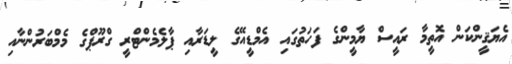
އެޔަޤީންކަން އޮތީމާ ރައީސް ޔާމީންގެ ފަހަތުގައި އެމްޑީއޭގެ ލީޑަރާއި ޕާލެމެންޓްރީ ގްރޫޕްގެ މެމްބަރުންނާއި